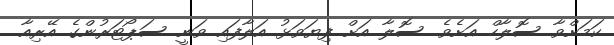
ކަމަށްވާ ސޮލާހް އަށެވެ. ސޮލާ އަށް ފިޔަވަޅު އަލާފައި ވަނީ ސަޕޯޓަރުންގެ އޭރިއާ